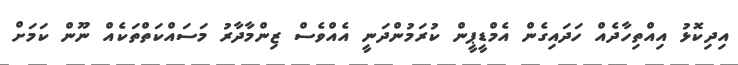
އިދިކޮޅު އިއްތިހާދެއް ހަދައިގެން އެމްޑީޕީން ކުރަމުންދަނީ އެއްވެސް ޒިންމާދާރު މަސައްކަތްތަކެއް ނޫން ކަމަށް